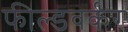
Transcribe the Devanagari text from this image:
फील्डवर्कर